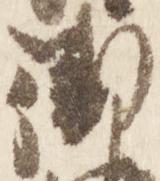
衛